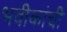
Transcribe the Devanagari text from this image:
भवीकांची